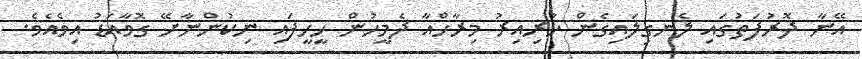
އޭނާ ދޮރުފަތުގައި ލެނގިލައިގެން ހުރިއިރު މިރާހްއާ ދެމީހުން ހީހީފައި ނިކުންނާށޭ ގޮވާއަޑު އިވެއެވެ.